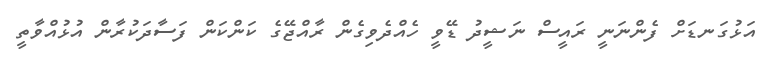
އަޅުގަނޑަށް ފެންނަނީ ރައީސް ނަޝީދު ޑޭވީ ހެއްދެވިގެން ރާއްޖޭގެ ކަންކަން ފަސާދަކުރާން އުޅުއްވާތީ